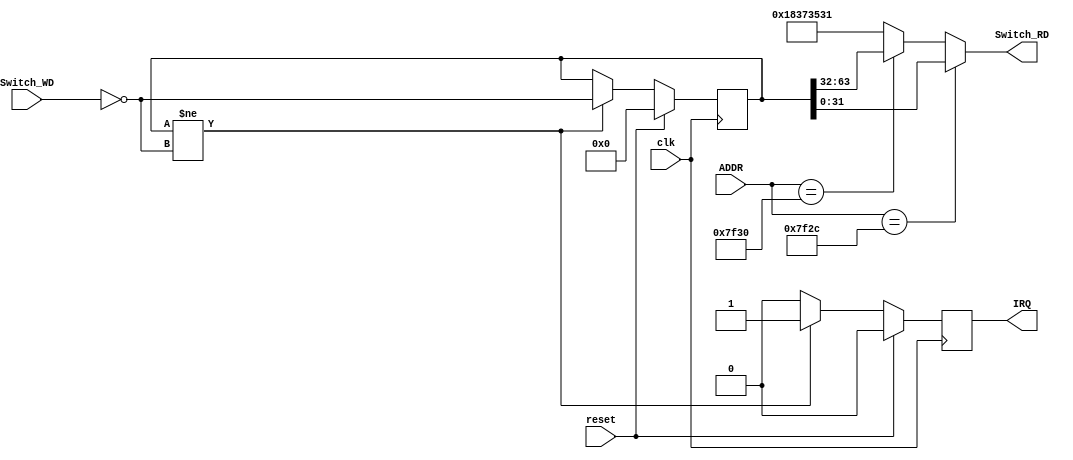
// This program was cloned from: https://github.com/SilenceX12138/MIPS-Microsystems
// License: MIT License

module Switch(clk,reset,ADDR,Switch_WD,IRQ,Switch_RD);
//input
    input clk;
    input reset;

    input [31:0] ADDR;
    input [63:0] Switch_WD;

//output
    output reg IRQ;

    output reg [31:0] Switch_RD;

//sequential logic
    reg [63:0] data;

    always @(*)
        begin
            if(ADDR==32'h0000_7f2c)Switch_RD=data[31:0];
            else if(ADDR==32'h0000_7f30)Switch_RD=data[63:32];
            else Switch_RD=32'h18373531;
        end

    always @(posedge clk)
        begin
            if(reset)
                begin
                    data<=0;
                    IRQ<=0;
                end
            else if(data!=~Switch_WD)
                begin
                    data<=~Switch_WD;   //Switch_WD's bit is 1 when flip is pulled down
                    IRQ<=1;
                end
            else
                begin
                    data<=data;
                    IRQ<=0;
                end
        end

endmodule